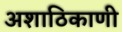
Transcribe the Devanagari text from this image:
अशाठिकाणी